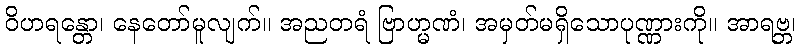
ဝိဟရန္တော၊ နေတော်မူလျက်။ အညတရံ ဗြာဟ္မဏံ၊ အမှတ်မရှိသောပုဏ္ဏားကို။ အာရဗ္ဘ၊